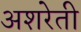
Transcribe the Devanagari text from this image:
अशरेती